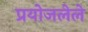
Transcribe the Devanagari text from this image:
प्रयोजलेले